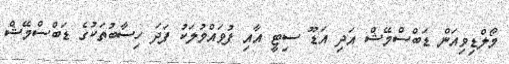
މޯލްޑިވިއަން ޑަބްސްމޭޝް އަދި އަޑޫ ސިޓީ އާއި ފުވައްމުލަކު ފަދަ ހިސާބުތަކުގެ ޑަބްސްމޭޝް